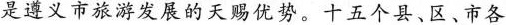
是遵义市旅游发展的天赐优势。十五个县、区、市各